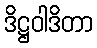
ဒိဋ္ဌဝါဒိတာ